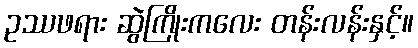
ဥဿဖရား ဆွဲကြိုးကလေး တန်းလန်းနှင့်။